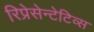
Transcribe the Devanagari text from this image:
रिप्रेसेन्टेटिव्स